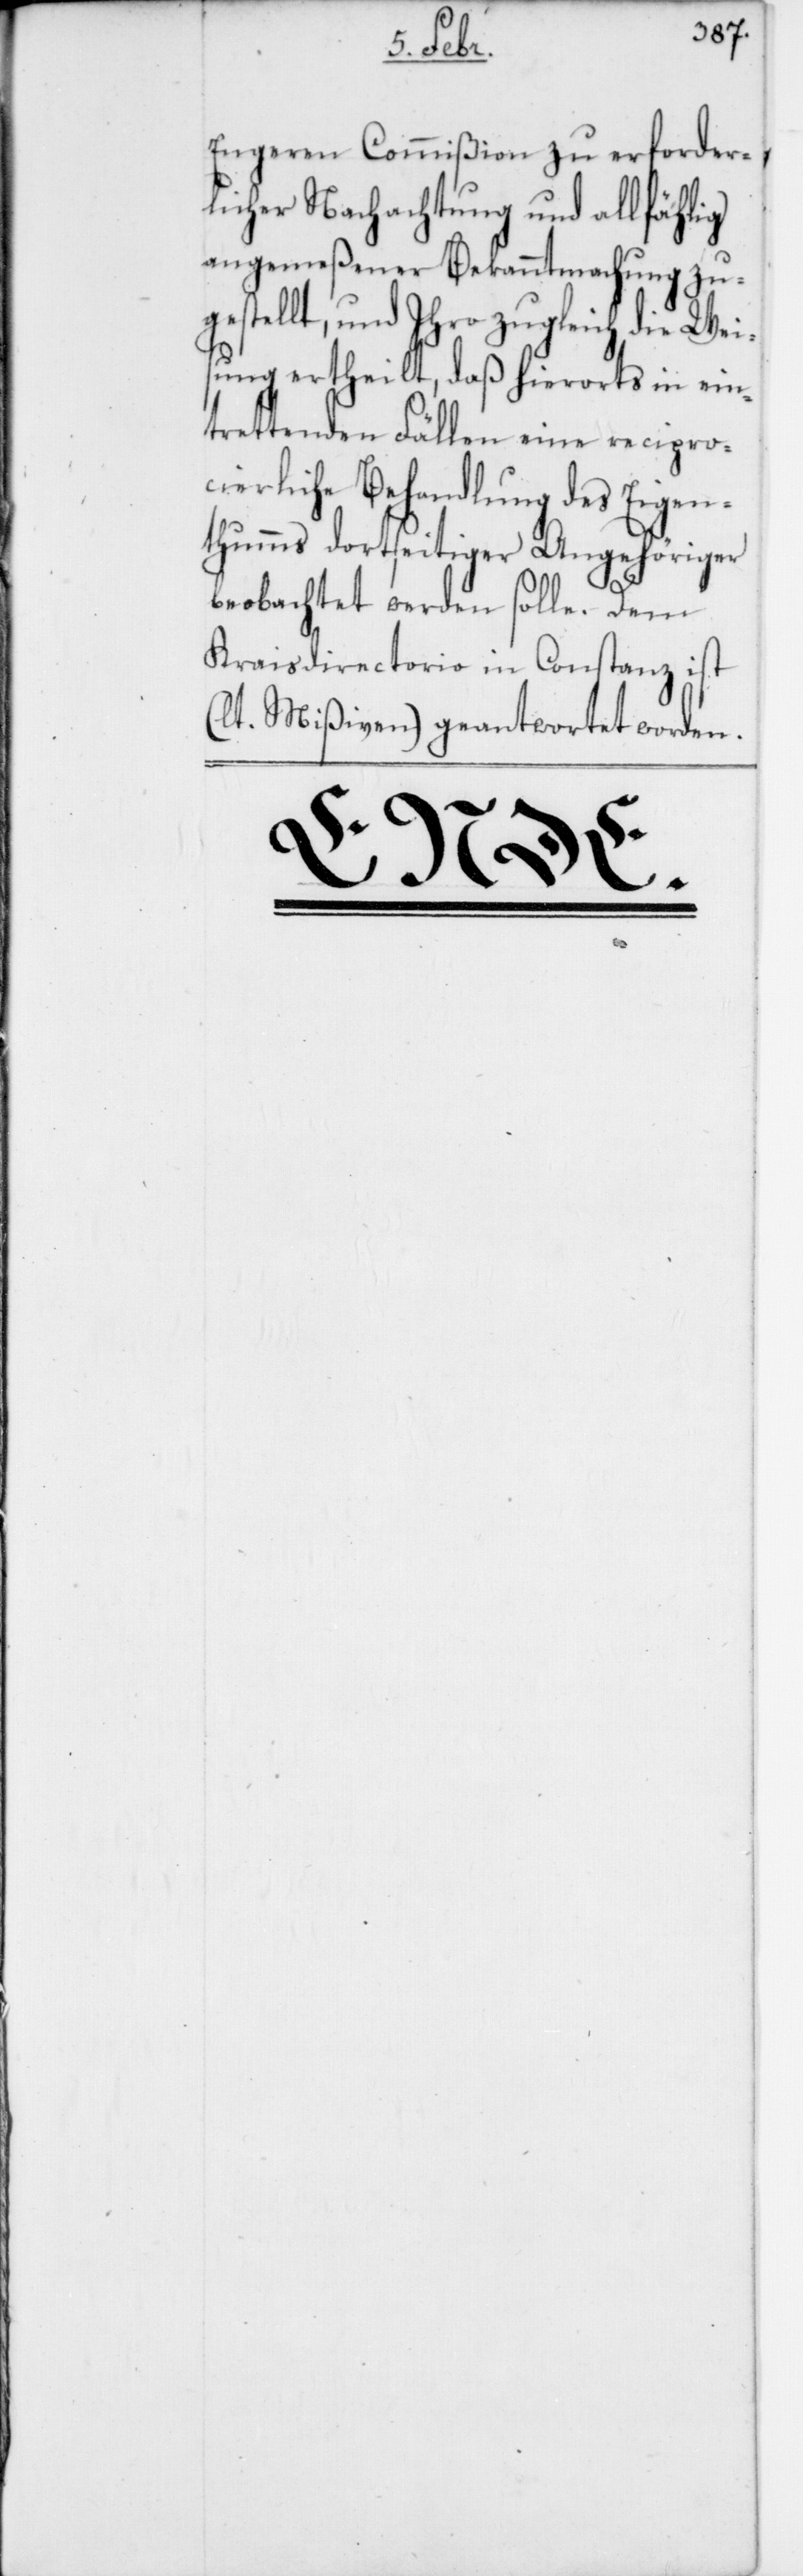
Engeren Commißion zu erforder¬
licher Nachachtung und allfählig
angemeßener Bekanntmachung zu¬
gestellt, und Ihro zugleich die Wei¬
sung ertheilt, daß hierorts in ein¬
trettenden Fällen eine recipro¬
cierliche Behandlung des Eigen¬
thums dortseitiger Angehöriger
beobachtet werden solle. Dem
Kraisdirectorio in Constanz ist
(lt. Mißiven) geantwortet worden.